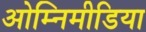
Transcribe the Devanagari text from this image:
ओम्‍निमीडिया